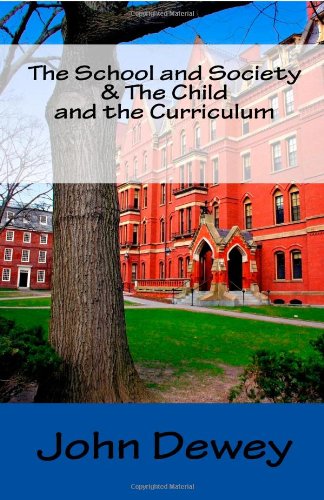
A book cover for The School and Society & The Child and the Curriculum; John Dewey; Cookbooks, Food & Wine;